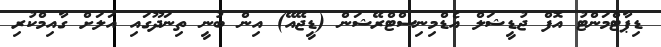
ޑިޕާޓްމަންޓު އޮފް ޖުޑީޝަލް އެޑްމިނިސްޓްރޭޝަން (ޑީޖޭއޭ) އިން ބުނީ ތިނަދޫގައި އަލަށް ގާއިމްކުރި